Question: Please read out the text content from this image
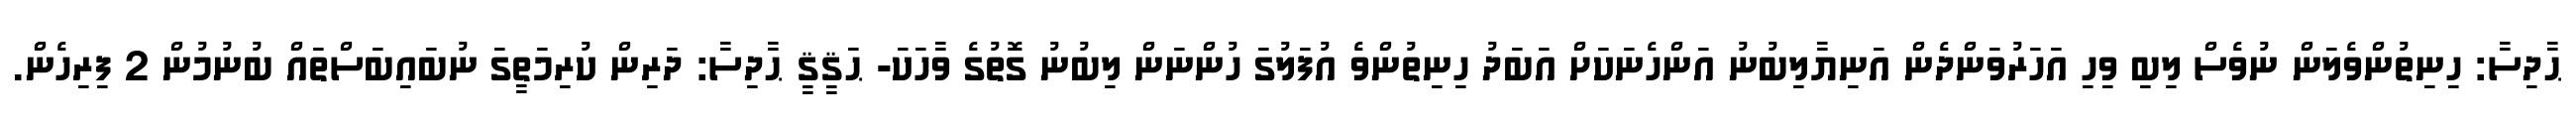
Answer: ޙާދިސާ: ހިނިތުންވެލަން ނުވެސް ލިބި ވިހި އަހަރުވަންދެން އަނިޔާލިބުނު އަންހެނަކަށް އަބަދު ހިނިތުންވެ އުފަލުގަ ހުންނަން ލިބުނު ގޮތުގެ ވާހަކަ- ޙަޤީޤީ ޙާދިސާ: ދަރިން ކުރިމަތީގަ ނުބައިބަސްތައް ބުނުމުން 2 ފިރިހެން.